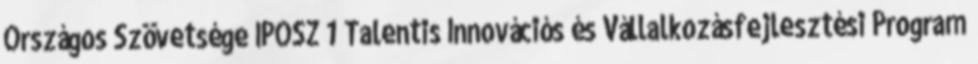
Országos Szövetsége IPOSZ 1 Talentis Innovációs és Vállalkozásfejlesztési Program